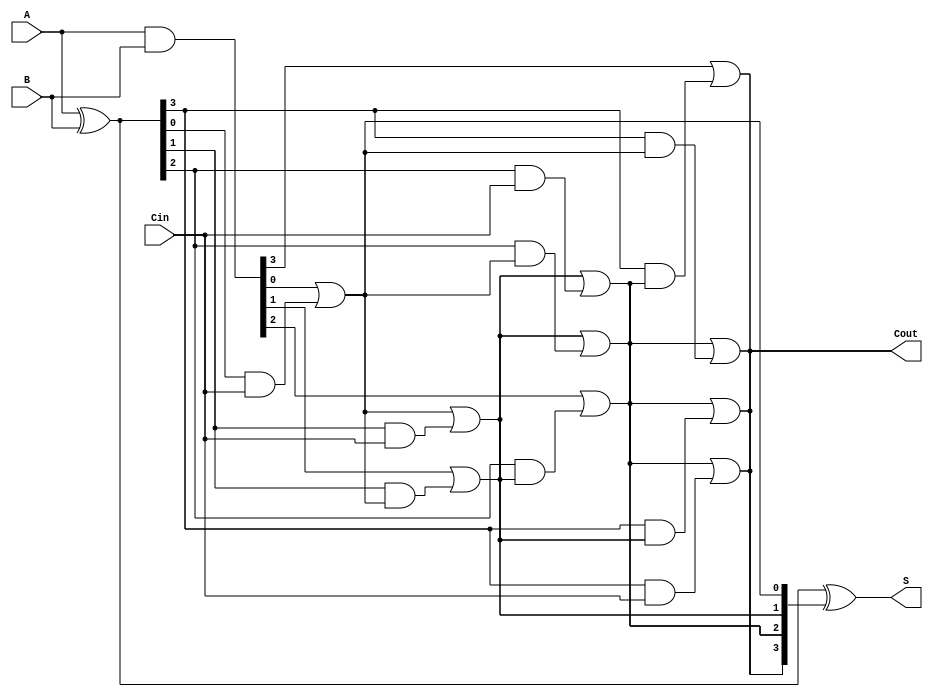
module ParallelPrefixAdder #(parameter WIDTH = 4) (
    input  [WIDTH-1:0] A,      // First input
    input  [WIDTH-1:0] B,      // Second input
    input                Cin,    // Carry-in
    output [WIDTH-1:0] S,       // Sum output
    output               Cout      // Carry-out
);

    // Generate and propagate signals
    wire [WIDTH-1:0] G; // Generate
    wire [WIDTH-1:0] P; // Propagate
    wire [WIDTH:0] C;   // Carry signals

    assign G = A & B;   // Generate
    assign P = A ^ B;   // Propagate
    assign C[0] = Cin;  // Initial carry-in

    // Kogge-Stone Prefix Network
    genvar i, j;
    generate
        // Level 0
        for (i = 0; i < WIDTH; i = i + 1) begin: level0
            assign C[i+1] = G[i] | (P[i] & C[i]);
        end

        // Level 1 and above
        for (j = 1; j < WIDTH; j = j + 1) begin: levels
            for (i = 0; i < WIDTH - j; i = i + 1) begin: inner
                assign C[i+j+1] = C[i+j] | (P[i+j] & C[i]);
            end
        end
    endgenerate

    // Sum calculation
    assign S = P ^ C[WIDTH:1]; // Calculate sum bits
    assign Cout = C[WIDTH];    // Final carry-out

endmodule